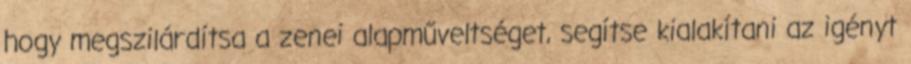
hogy megszilárdítsa a zenei alapműveltséget, segítse kialakítani az igényt